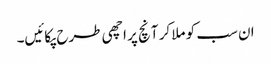
ان سب کو ملا کر آنچ پر اچھی طرح پکائیں۔